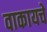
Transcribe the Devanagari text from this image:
वाकायचे